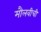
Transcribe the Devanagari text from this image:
मौलवीची